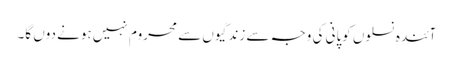
آئندہ نسلوں کوپانی کی وجہ سے زندگیوں سے محروم نہیں ہونے دوں گا۔